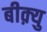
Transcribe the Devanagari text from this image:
बीक़्यु